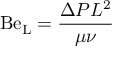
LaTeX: \mathrm { B e _ { L } } = { \frac { \Delta P L ^ { 2 } } { \mu \nu } }